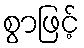
စွာဖြင့်